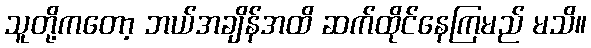
သူတို့ကတော့ ဘယ်အချိန်အထိ ဆက်ထိုင်နေကြမည် မသိ။